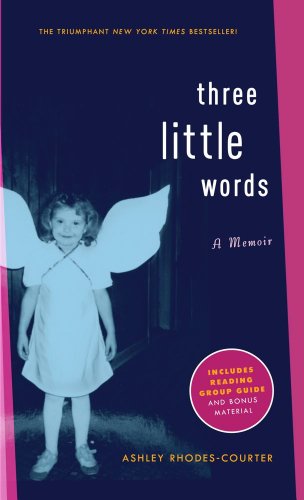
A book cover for Three Little Words: A Memoir; Ashley Rhodes-Courter; Teen & Young Adult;